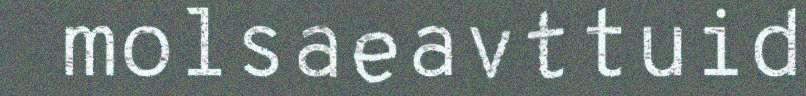
molsaeavttuid